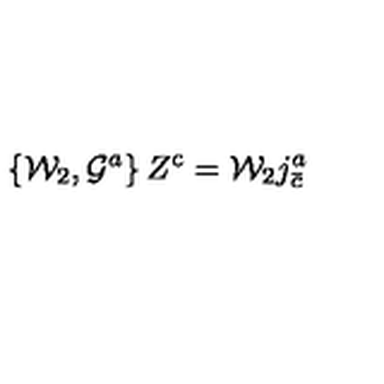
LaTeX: \left\{ { \cal W } _ { 2 } , { \cal G } ^ { a } \right\} Z ^ { \mathrm { \small c } } = { \cal W } _ { 2 } j _ { \bar { c } } ^ { a }